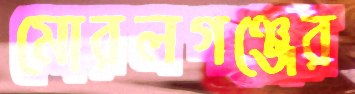
মোরলগঞ্জের